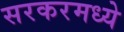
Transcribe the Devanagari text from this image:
सरकरमध्ये